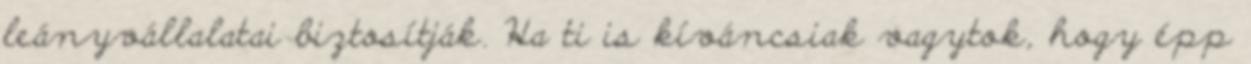
leányvállalatai biztosítják. Ha ti is kíváncsiak vagytok, hogy épp